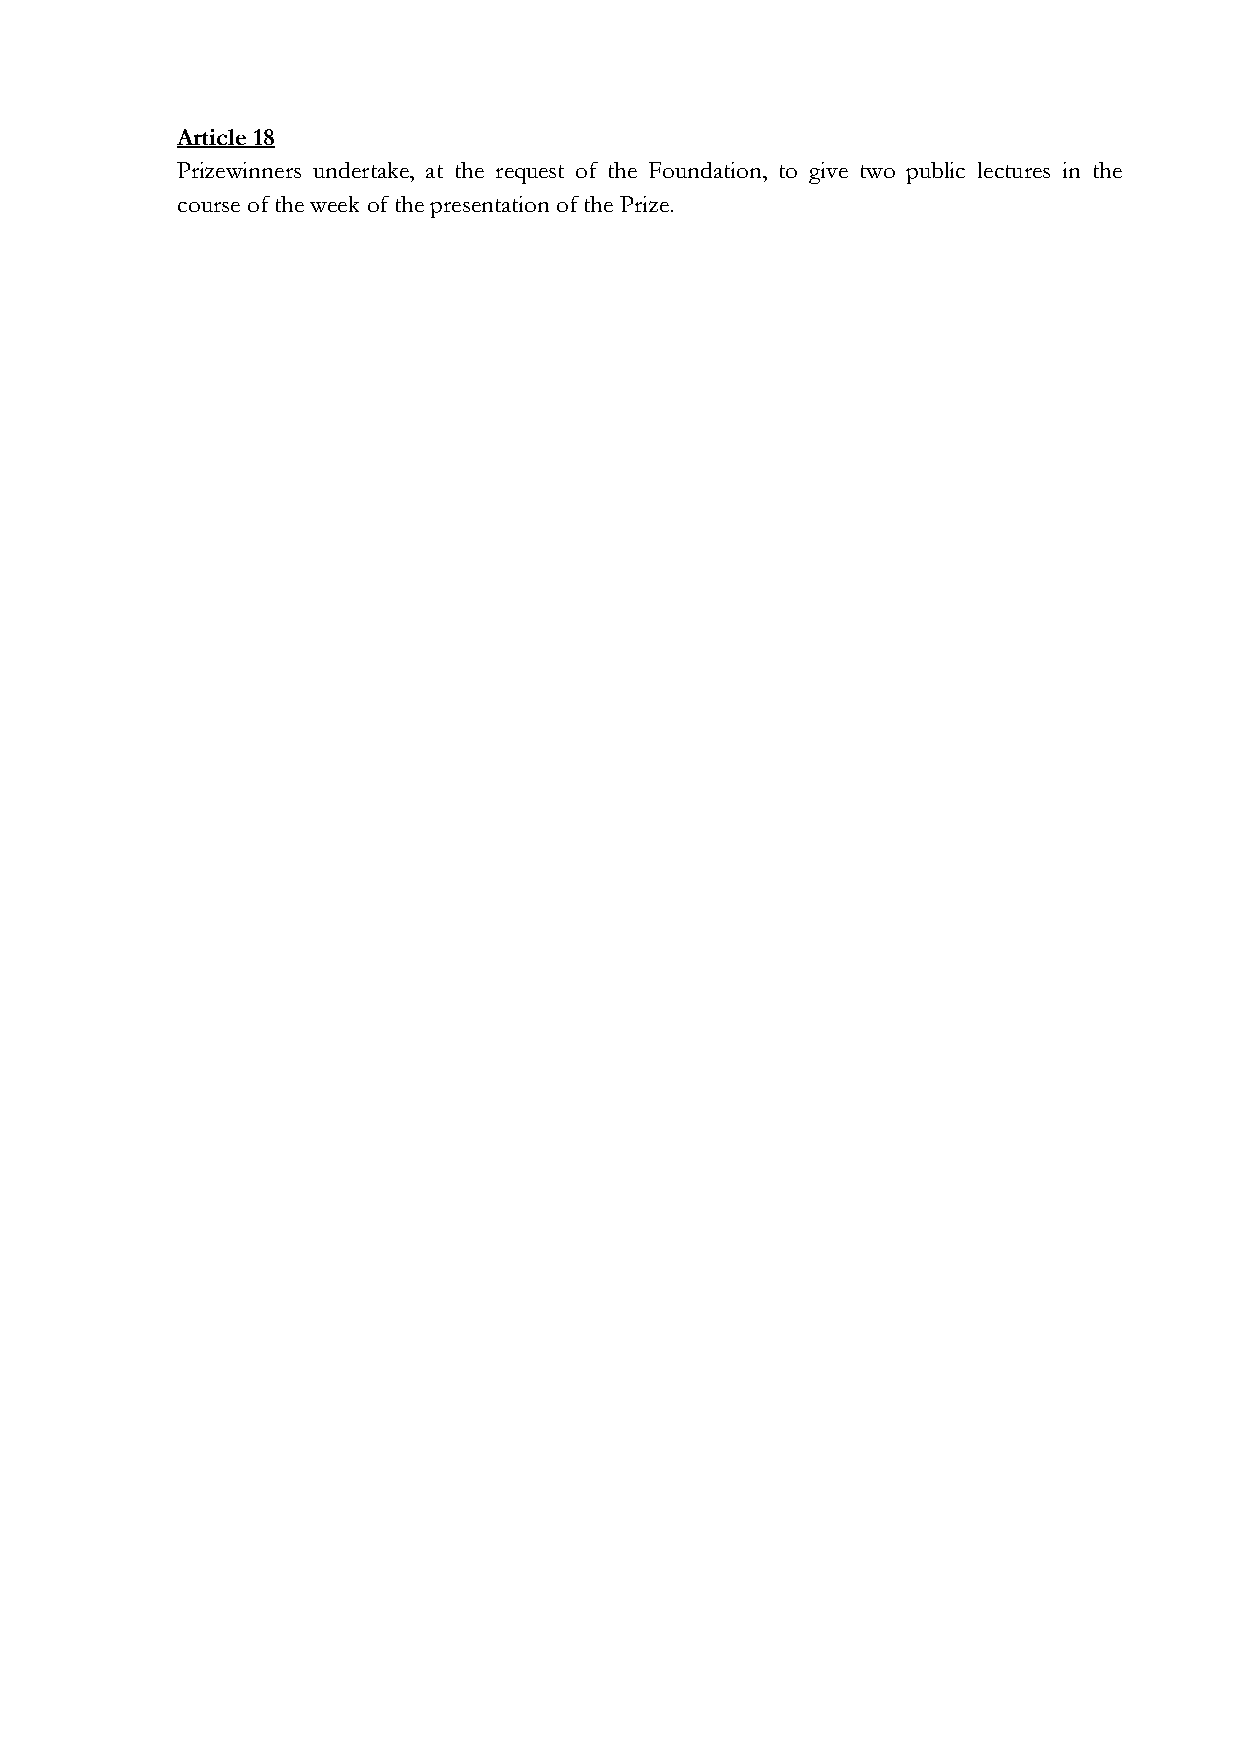
Article 18
 Prizewinners undertake, at the request of the Foundation, to give two public lectures in the
 course of the week of the presentation of the Prize.